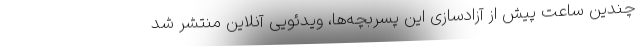
چندین ساعت پیش از آزادسازی این پسربچه‌ها، ویدئویی آنلاین منتشر شد